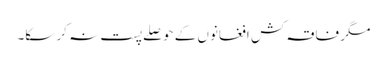
مگر فاقہ کش افغانوں کے حوصلے پست نہ کر سکا۔